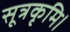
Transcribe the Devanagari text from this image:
सूत्रकृमि।